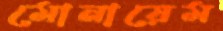
মোনায়েম